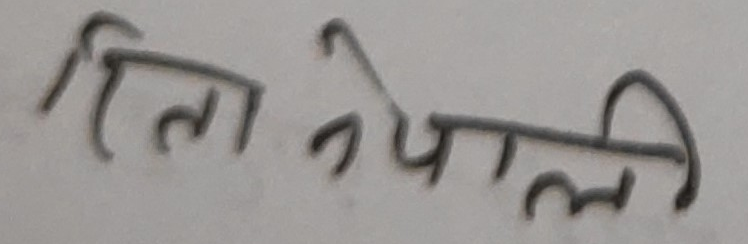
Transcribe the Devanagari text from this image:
ति नेपाली